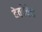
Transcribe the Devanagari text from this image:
देवदेवेशं